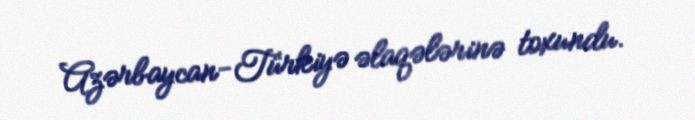
Azərbaycan-Türkiyə əlaqələrinə toxundu.